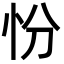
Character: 㤋